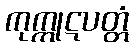
ကုက္ကုဋပတ္တံ